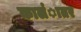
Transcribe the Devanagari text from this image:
कालंातर